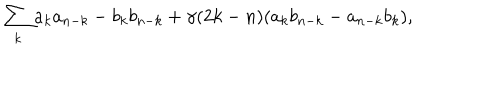
LaTeX: \sum _ { k } a _ { k } a _ { n - k } - b _ { k } b _ { n - k } + \gamma ( 2 k - n ) ( a _ { k } b _ { n - k } - a _ { n - k } b _ { k } ) ,